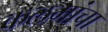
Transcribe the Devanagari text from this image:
कलमांचा